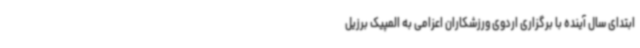
ابتدای سال آینده با برگزاری اردوی ورزشکاران اعزامی به المپیک برزیل